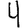
Digit: 4